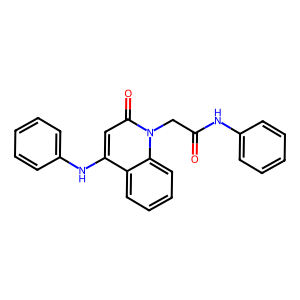
SMILES: O=C(Cn1c(=O)cc(Nc2ccccc2)c2ccccc21)Nc1ccccc1
Inhibits HIV replication: No